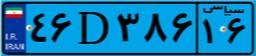
۹۸D۸۱۵۶۹